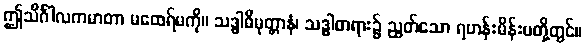
ဤသိင်္ဂါလကမာတာ မထေရ်မကို။ သဒ္ဓါဓိမုတ္တာနံ၊ သဒ္ဓါတရား၌ ညွတ်သော ရဟန်းမိန်းမတို့တွင်။